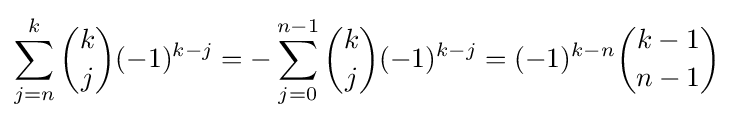
\sum _{j=n}^{k}{\binom {k}{j}}(-1)^{k-j}=-\sum _{j=0}^{n-1}{\binom {k}{j}}(-1)^{k-j}=(-1)^{k-n}{\binom {k-1}{n-1}}